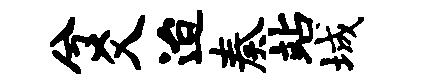
兮爻迨奏站城